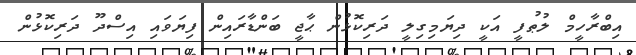
އިބްރާހީމް ލުޠުފީ އަކީ ދިޔަމިގިލީ ދަރިކޮޅުން ޙާޖީ ބަންޑާރައިން ފިޔަވައި އިސްދޫ ދަރިކޮޅުން